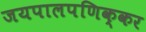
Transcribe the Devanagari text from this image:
जयपालपणिक्कर